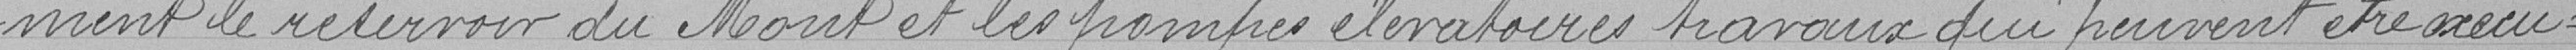
-ment le réservoir du Mont et les pompes élévatoires, travaux qui peuvent être exécut-